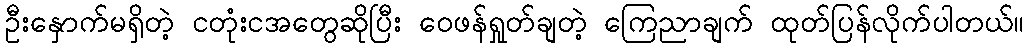
ဦးနှောက်မရှိတဲ့ ငတုံးငအတွေဆိုပြီး ဝေဖန်ရှုတ်ချတဲ့ ကြေညာချက် ထုတ်ပြန်လိုက်ပါတယ်။